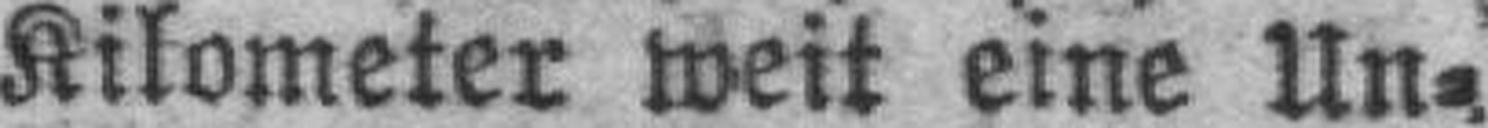
Kilometer weit eine Un¬